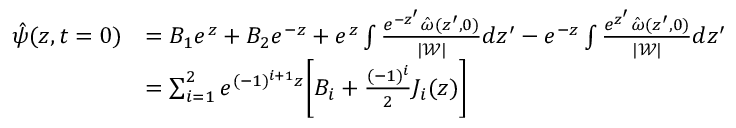
\begin{array} { r l } { \hat { \psi } ( z , t = 0 ) } & { = B _ { 1 } e ^ { z } + B _ { 2 } e ^ { - z } + e ^ { z } \int \frac { e ^ { - z ^ { \prime } } \hat { \omega } ( z ^ { \prime } , 0 ) } { | \mathscr { W } | } d z ^ { \prime } - e ^ { - z } \int \frac { e ^ { z ^ { \prime } } \hat { \omega } ( z ^ { \prime } , 0 ) } { | \mathscr { W } | } d z ^ { \prime } } \\ & { = \sum _ { i = 1 } ^ { 2 } e ^ { ( - 1 ) ^ { i + 1 } z } \bigg [ B _ { i } + \frac { ( - 1 ) ^ { i } } { 2 } J _ { i } ( z ) \bigg ] } \end{array}